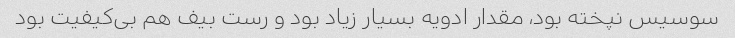
سوسیس نپخته بود، مقدار ادویه بسیار زیاد بود و رست بیف هم بی‌کیفیت بود